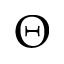
\Theta